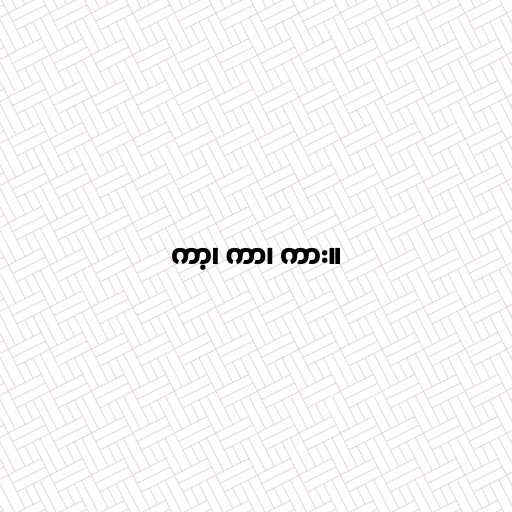
ကာ့၊ ကာ၊ ကား။